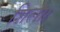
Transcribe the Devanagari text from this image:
शिला।